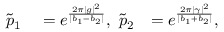
\begin{array} { r l r } { { \tilde { p } } _ { 1 } } & { { } = e ^ { \frac { 2 \pi \lvert g \rvert ^ { 2 } } { \lvert b _ { 1 } - b _ { 2 } \rvert } } , ~ { \tilde { p } } _ { 2 } } & { = e ^ { \frac { 2 \pi \lvert \gamma \rvert ^ { 2 } } { \lvert b _ { 1 } + b _ { 2 } \rvert } } , } \end{array}